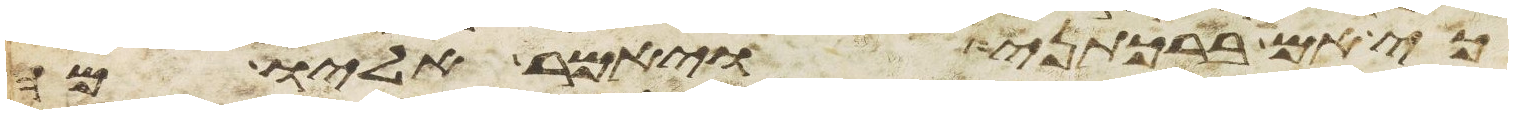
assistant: כי אם ברכתני ויאמר אליו מה